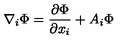
\nabla _ { i } { \Phi } = \frac { \partial \Phi } { \partial x _ { i } } + A _ { i } \Phi